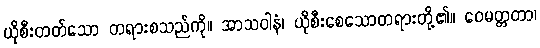
ယိုစီးတတ်သော တရားစသည်ကို။ အာသဝါနံ၊ ယိုစီးစေသောတရားတို့၏။ ဝေမတ္တတာ၊